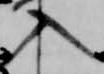
入